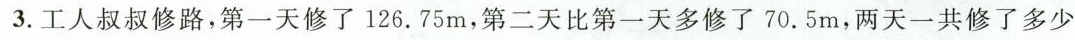
3.工人叔叔修路，第一天修了126.75m，第二天比第一天多修了70.5m，两天一共修了多少